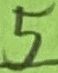
Text: 5